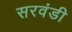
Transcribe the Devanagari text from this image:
सरवंडी